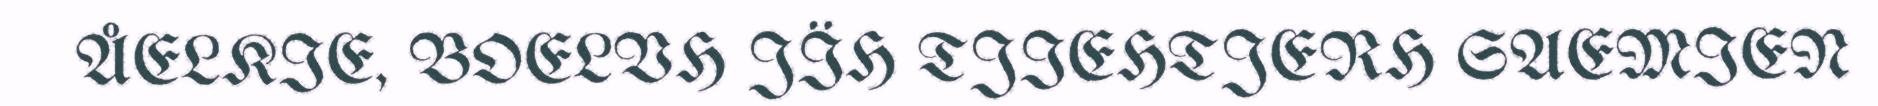
ÅELKIE, BOELVH JÏH TJIEHTJERH SAEMIEN